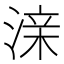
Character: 𰜜